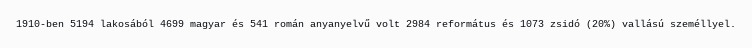
1910-ben 5194 lakosából 4699 magyar és 541 román anyanyelvű volt 2984 református és 1073 zsidó (20%) vallású személlyel.